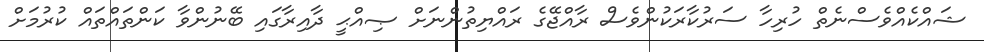
ޝައްކެއްވެސްނެތް ހުރިހާ ސަރުކާރަކުންވެސް ރާއްޖޭގެ ރައްޔިތުންނަށް ޞިއްޙީ ދާއިރާގައި ބޭނުންވާ ކަންތައްތައް ކުރުމަށް